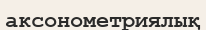
аксонометриялық